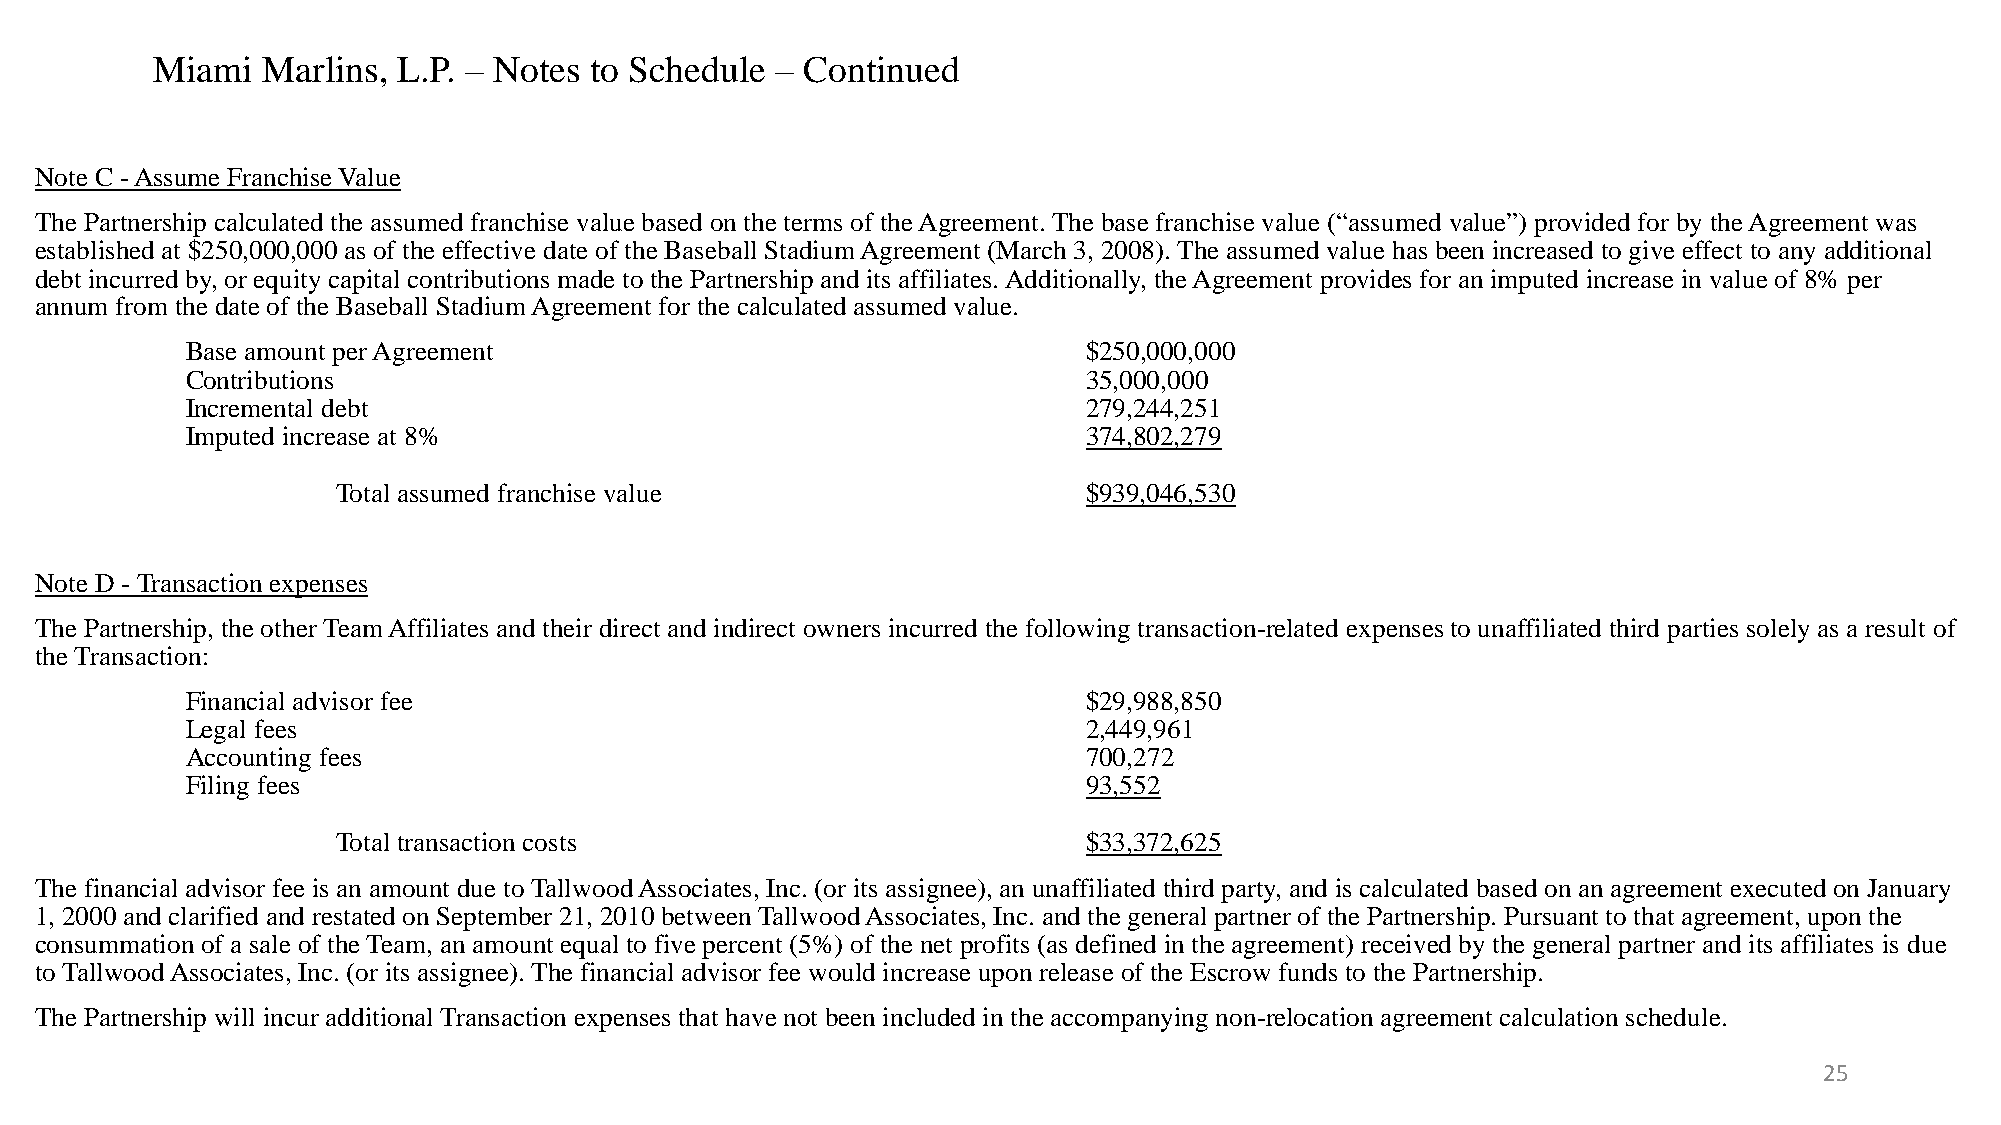
Miami  Marlins, L.P. – Notes to Schedule – Continued
 Note C - Assume Franchise Value
 The Partnership calculated the assumed franchise value based on the terms of the Agreement. The base franchise value (“assumed value”) provided for by the Agreement was
 established at $250,000,000 as of the effective date of the Baseball Stadium Agreement (March 3, 2008). The assumed value has been increased to give effect to any additional
 debt incurred by, or equity capital contributions made to the Partnership and its affiliates. Additionally, the Agreement provides for an imputed increase in value of 8% per
 annum from the date of the Baseball Stadium Agreement for the calculated assumed value.
 Base amount per Agreement                                   $250,000,000
 Contributions                                               35,000,000
 Incremental debt                                            279,244,251
 Imputed increase at 8%                                      374,802,279
 Total assumed franchise value                     $939,046,530
 Note D - Transaction expenses
 The Partnership, the other Team Affiliates and their direct and indirect owners incurred the following transaction-related expenses to unaffiliated third parties solely as a result of
 the Transaction:
 Financial advisor fee                                       $29,988,850
 Legal fees                                                  2,449,961
 Accounting fees                                             700,272
 Filing fees                                                 93,552
 Total transaction costs                           $33,372,625
 The financial advisor fee is an amount due to Tallwood Associates, Inc. (or its assignee), an unaffiliated third party, and is calculated based on an agreement executed on January
 1, 2000 and clarified and restated on September 21, 2010 between Tallwood Associates, Inc. and the general partner of the Partnership. Pursuant to that agreement, upon the
 consummation of a sale of the Team, an amount equal to five percent (5%) of the net profits (as defined in the agreement) received by the general partner and its affiliates is due
 to Tallwood Associates, Inc. (or its assignee). The financial advisor fee would increase upon release of the Escrow funds to the Partnership.
 The Partnership will incur additional Transaction expenses that have not been included in the accompanying non-relocation agreement calculation schedule.
 25